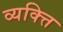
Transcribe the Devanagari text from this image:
व्यक्त्ति